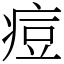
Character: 痘